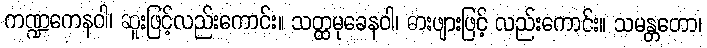
ကဏ္ဍကေနဝါ၊ ဆူးဖြင့်လည်းကောင်း။ သတ္ထမုခေနဝါ၊ ဓားဖျားဖြင့် လည်းကောင်း။ သမန္တတော၊